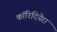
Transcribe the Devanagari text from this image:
कॉरिदियेरा